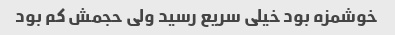
خوشمزه بود خیلی سریع رسید ولی حجمش کم بود